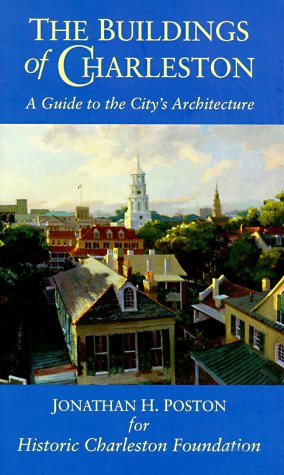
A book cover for The Buildings of Charleston: A Guide to the City's Architecture; Jonathan H. Poston; Travel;